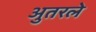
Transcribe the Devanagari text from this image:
अुतरले